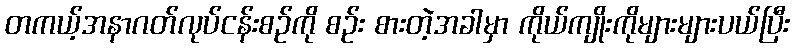
တကယ့်အနာဂတ်လုပ်ငန်းစဉ်ကို စဉ်း စားတဲ့အခါမှာ ကိုယ်ကျိုးကိုများများပယ်ပြီး